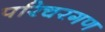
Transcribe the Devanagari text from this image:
परिचरगण